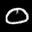
Digit: 8